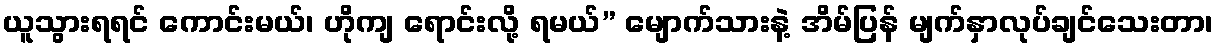
ယူသွားရရင် ကောင်းမယ်၊ ဟိုကျ ရောင်းလို့ ရမယ်” မျောက်သားနဲ့ အိမ်ပြန် မျက်နှာလုပ်ချင်သေးတာ၊